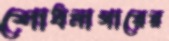
শোধনাগারের